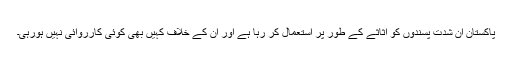
پاکستان ان شدت پسندوں کو اثاثے کے طور پر استعمال کر رہا ہے اور اِن کے خلاف کہیں بھی کوئی کارروائی نہیں ہورہی۔